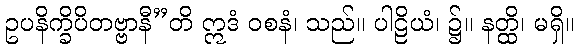
ဥပနိက္ခိပိတဗ္ဗာနီ”တိ ဣဒံ ဝစနံ၊ သည်။ ပါဠိယံ၊ ၌။ နတ္ထိ၊ မရှိ။